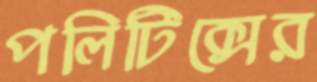
পলিটিক্সের